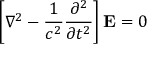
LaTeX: \left[ \nabla ^ { 2 } - { \frac { 1 } { c ^ { 2 } } } { \frac { \partial ^ { 2 } } { \partial t ^ { 2 } } } \right] \mathbf { E } = 0